Indian journal of veterinary science and animal husbandry - Volumes 18-21, 1948-1951
Year: 1948
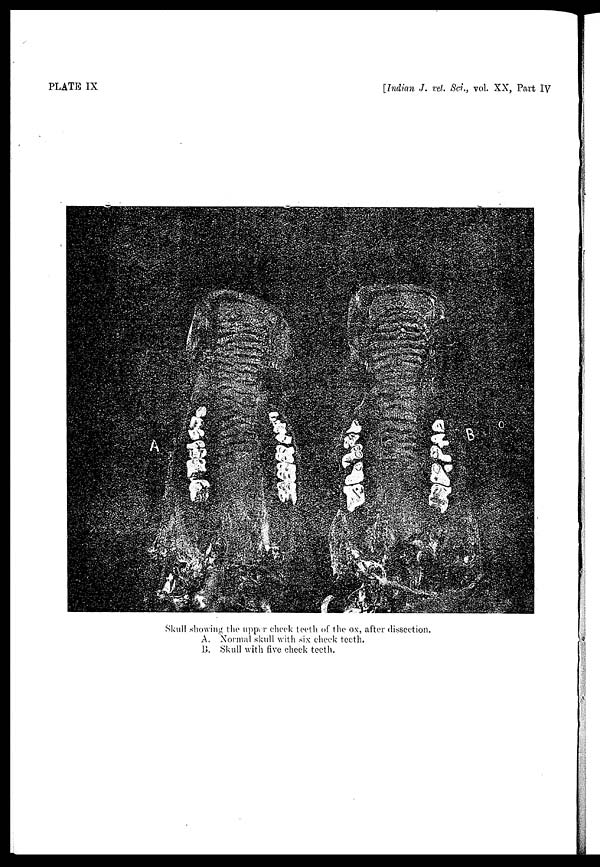
PLATE IX
[Indian J. vet. Sci., vol. XX, Part IV
Skull showing the upper cheek teeth of the ox, after dissection.
A. Normal skull with six cheek teeth.
B. Skull with five cheek teeth.